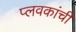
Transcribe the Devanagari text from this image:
प्लवकांची